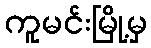
ကူမင်းမြို့မှ